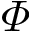
\varPhi